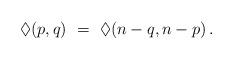
LaTeX: \begin{align*} \Diamond(p,q) \ = \ \Diamond(n-q,n-p) \,. \end{align*}